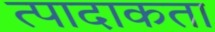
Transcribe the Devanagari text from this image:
त्पादाकता